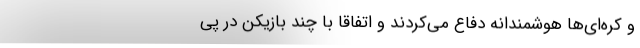
و کره‌ای‌ها هوشمندانه دفاع می‌کردند و اتفاقاً با چند بازیکن در پی